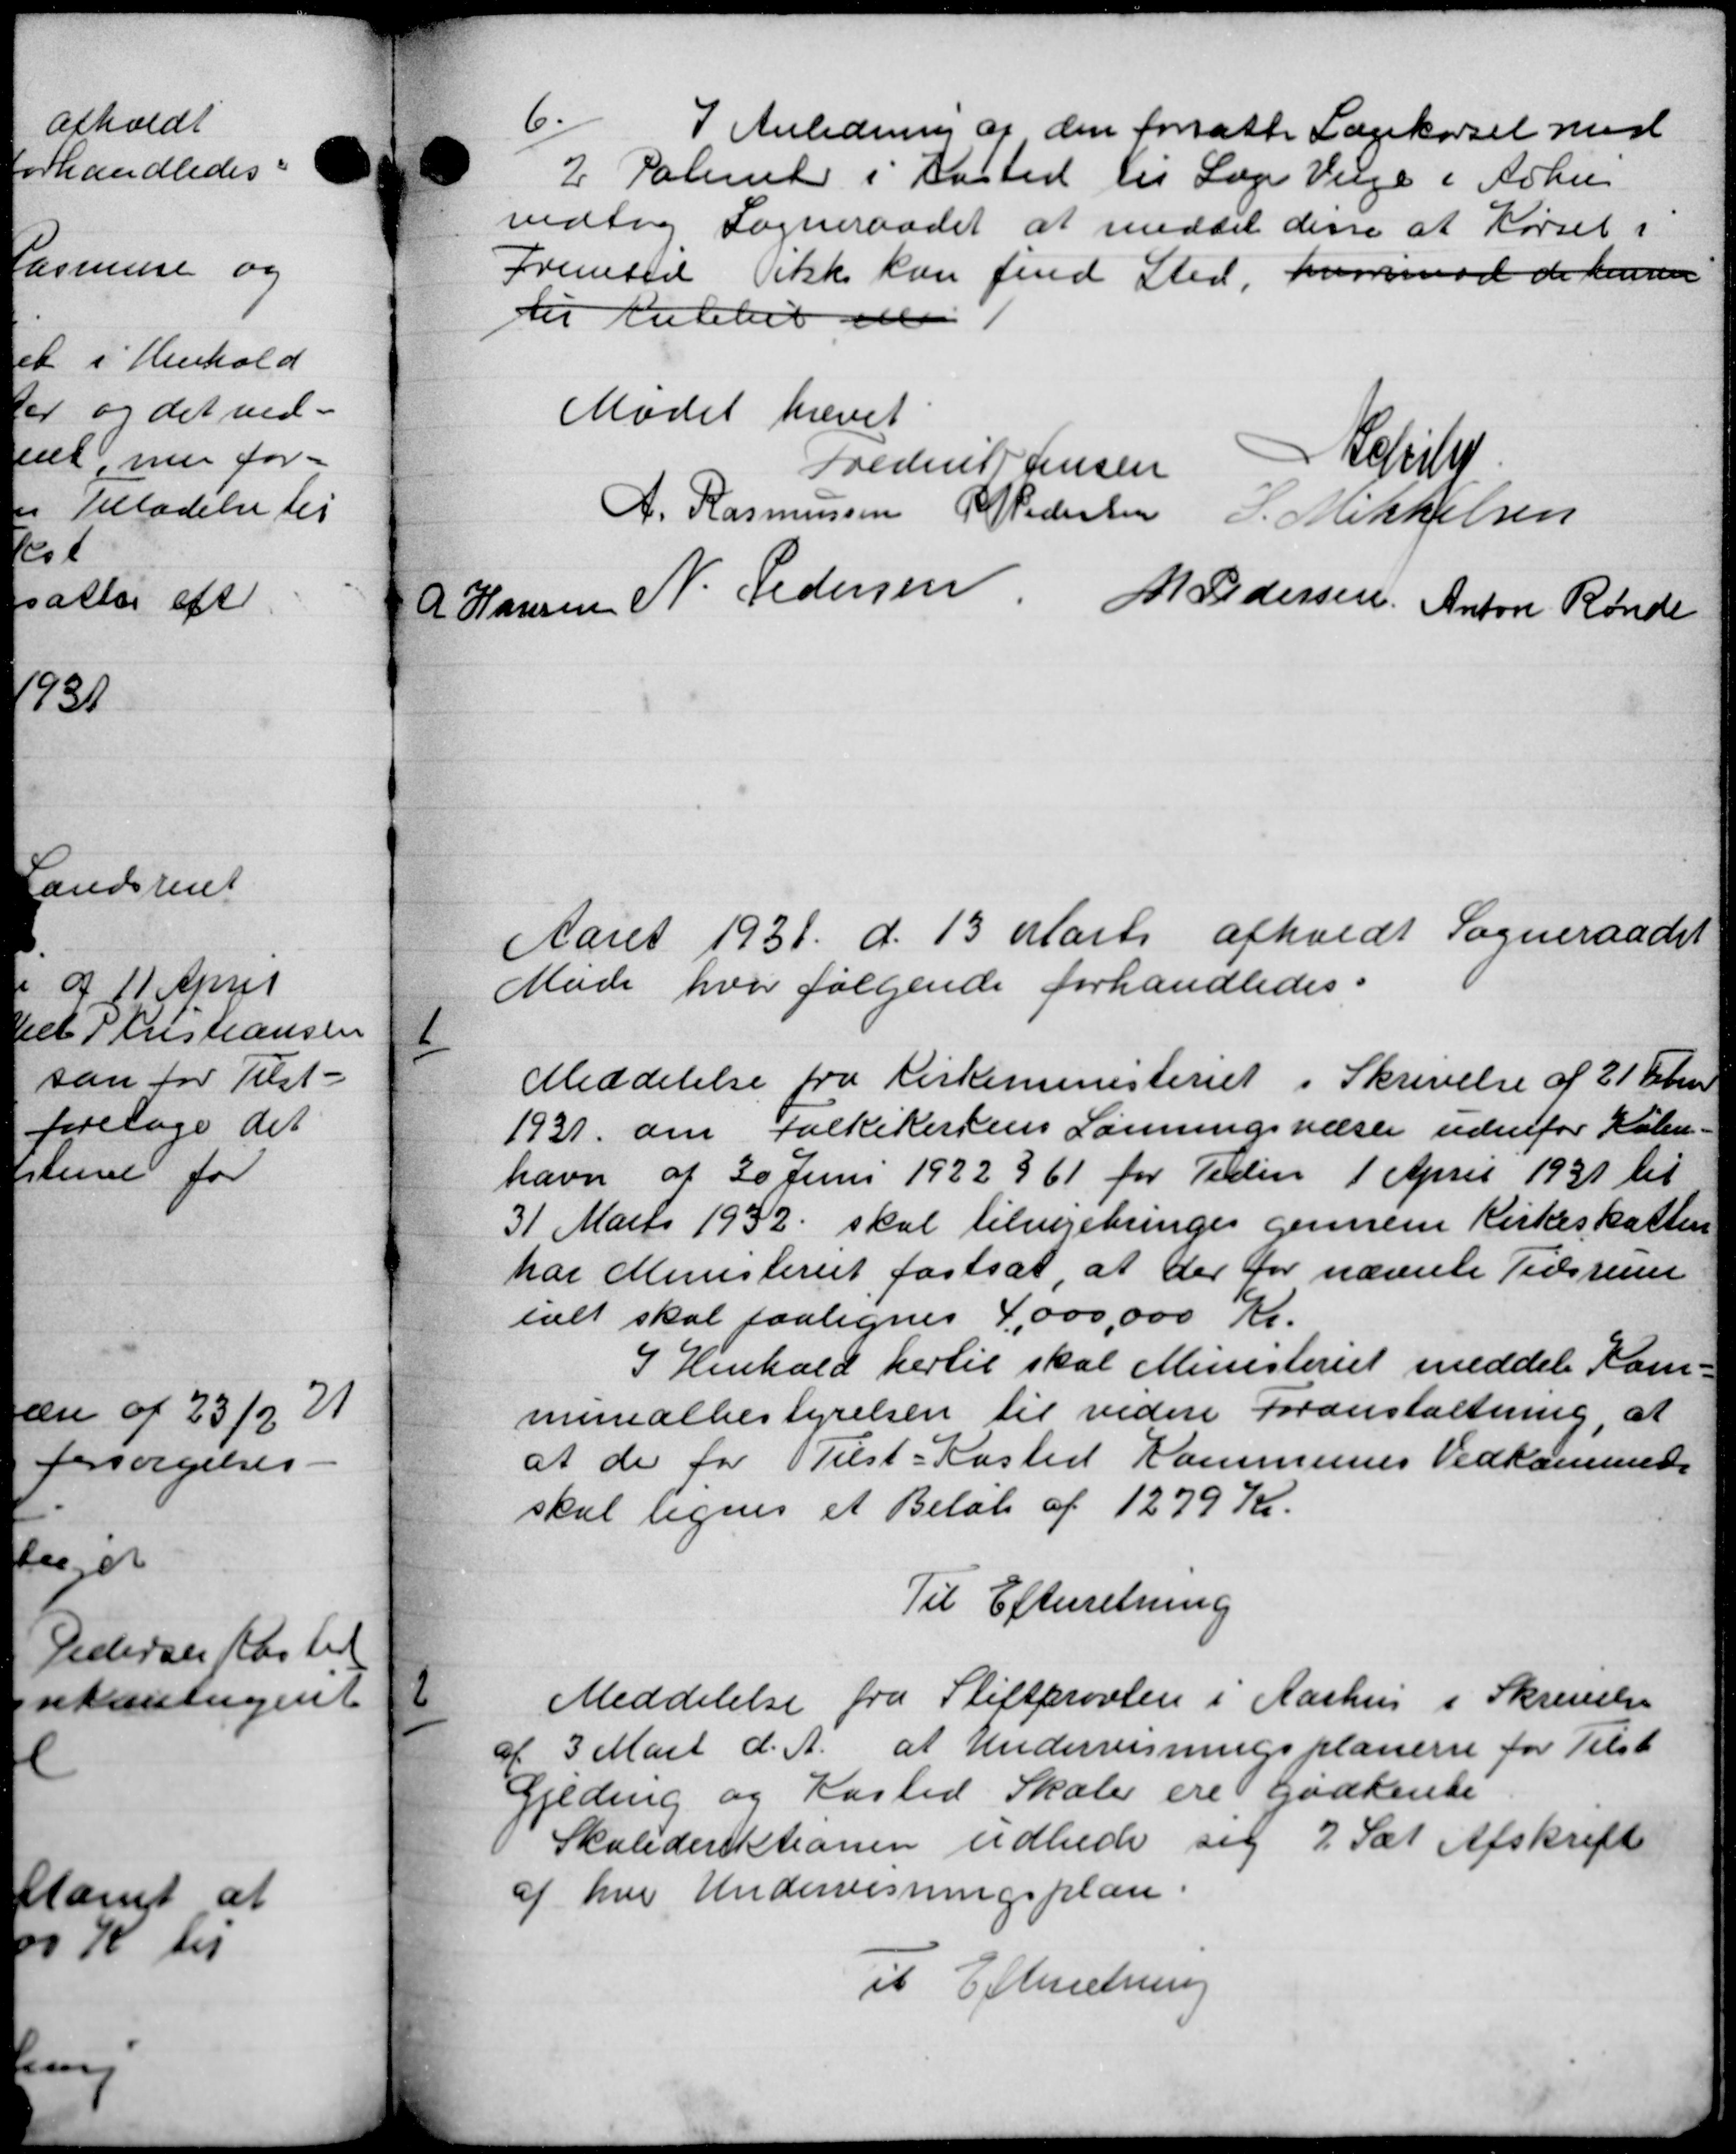
Transskription:
6.
I Anledning af den forsatte Lægekørsel med
2 Palember i Aasted til Læge Vælge i Århus
vedtog Sogneraadet at meddele dere at Kørsel i
Fremtid ikke kan find Sted henimod de kunne
til Rutebet eller
Mødet hævet
Frederik Jensen
Refslu
A. Rasmussen P Pedersen J. Mikkelsen
Hansen N. Pedersen M Pedersen Anton Rønde
Aaret 1931 d. 13 Marts afholdt Sogneraadet
Møde hvor følgende forhandledes.
1
Meddelelse fra Kirkeministeriet i Skrivelse af 21 Febru
1931 om Folkekistens Lønningsvæsen udenfor Kalen.
havn af 30 Juni 1922 § 61 for Tiden 1 April 1931 til
31 Marts 1932 skal tilvejebringes gennem Kirkeskatten
har Ministeriet fastsat, at der for nævnte Tidsrum
ialt skal paalignes 4.000,000 Kr.
I Henhold hertil skal Ministeriet meddele Kom
minalbestyrelsen til videre Foranstaltning, at
at de for Tilst-Kasted Kommunes Vedkommens
skal lignes et Beløb af 1279 Kr.
Til Efterretning
2
Meddelelse fra Stiftprovlen i Aarhus i Skrivelse
af 3 Mart d. A. at Undervisningsplanerne for Tilst
Gjeding og Kasted Skoler ere godkende
Skoledirektionen udbede sig 7 Sæt Afskrift
af hver Undervisningsplan.
Til Efterretning